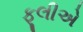
ફૂલીએ